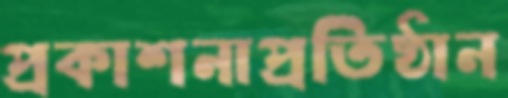
প্রকাশনাপ্রতিষ্ঠান